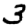
Digit: 3